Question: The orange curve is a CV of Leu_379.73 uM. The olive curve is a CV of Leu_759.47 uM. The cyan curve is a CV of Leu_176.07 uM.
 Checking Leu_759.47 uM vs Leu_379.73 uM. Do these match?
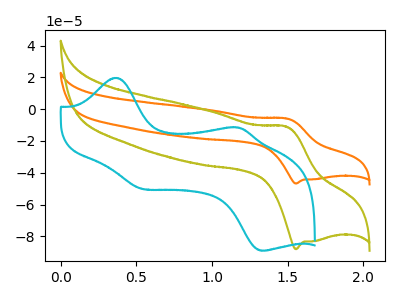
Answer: <think>The orange curve "Leu_379.73 uM" has an anodic peak at (1.50V, -5.85uA) and a cathodic peak at (1.55V, -46.75uA). The olive curve "Leu_759.47 uM" has an anodic peak at (1.50V, -11.05uA) and a cathodic peak at (1.55V, -88.05uA). The cyan curve "Leu_176.07 uM" has anodic peaks at (0.35V, 19.70uA) (1.20V, -11.65uA) and cathodic peaks at (0.55V, -50.10uA) (1.35V, -89.00uA).
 All the peaks in "Leu_759.47 uM" have a peak in "Leu_379.73 uM" at the same potential.</think>
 <answer>"Leu_759.47 uM" and "Leu_379.73 uM" are similar in shape.</answer>
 <eval>same_shape</eval>